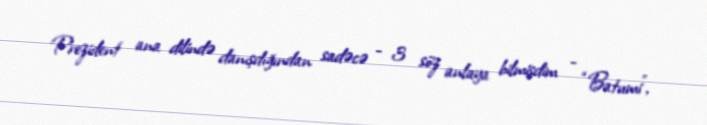
Prezident ana dilində danışdığından sadəcə - 3 söz anlaya bilmişdim - “Batumi”,